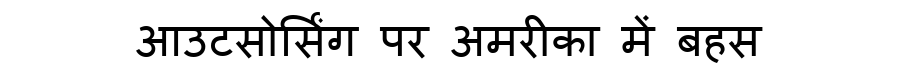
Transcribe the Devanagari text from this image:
आउटसोर्सिंग पर अमरीका में बहस